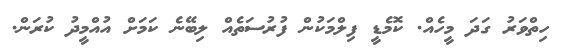
ހިތްވަރު ގަދަ މީހެއް. ކޮމެޑީ ފިލްމަކުން ފުރުސަތެއް ލިބޭނެ ކަމަށް އުއްމީދު ކުރަން.